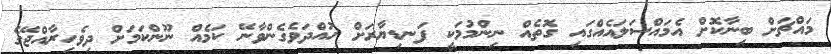
މައްޗަށް ބިނާކޮށް އެމައްސަލައެއްގައި ގޮތެއް ނިންމުމަކީ ފަނޑިޔާރަށް ހުއްދަވެގެންވާނޭ ކަމެއް ނޫންކަމަށް ދިވެހިރާއްޖޭގެ